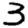
Digit: 3